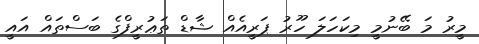
މީރު މަ ބޭނުމީ މިކަހަލަ ހޫރު ޕަރީއެއް ޝާޑް ތަޢުރީފްގެ ބަސްތައް އައީ